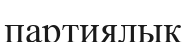
партиялык